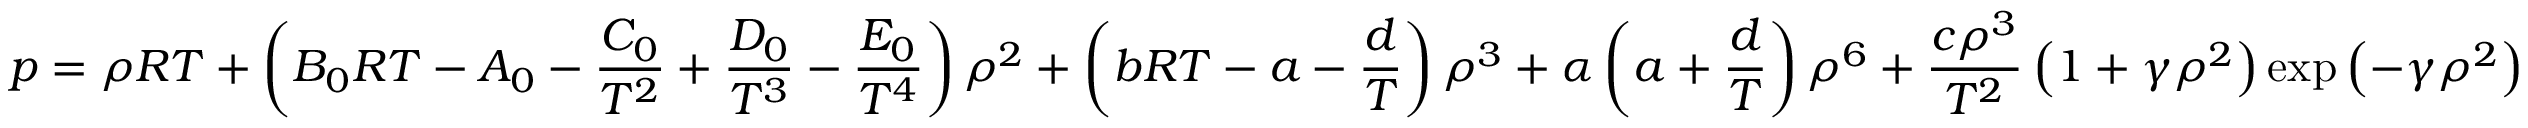
p = \rho R T + \left( B _ { 0 } R T - A _ { 0 } - { \frac { C _ { 0 } } { T ^ { 2 } } } + { \frac { D _ { 0 } } { T ^ { 3 } } } - { \frac { E _ { 0 } } { T ^ { 4 } } } \right) \rho ^ { 2 } + \left( b R T - a - { \frac { d } { T } } \right) \rho ^ { 3 } + \alpha \left( a + { \frac { d } { T } } \right) \rho ^ { 6 } + { \frac { c \rho ^ { 3 } } { T ^ { 2 } } } \left( 1 + \gamma \rho ^ { 2 } \right) \exp \left( - \gamma \rho ^ { 2 } \right)